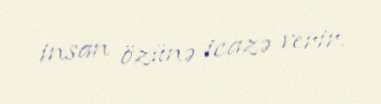
insan özünə icazə verir.